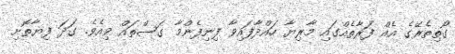
ގޯތިތެރޭގެ އެއް ފަރާތެއްގައި މާރިޔާ ހައްދާފައިވާ ފިނިފެންމާ ގަސްތައް ވިއެވެ. ގަދަ ފިޔާތޮށި